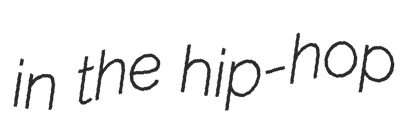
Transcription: in the hip-hop